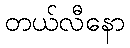
တယ်လီနော